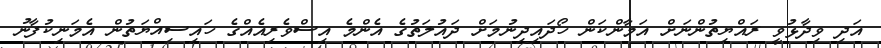
އަދި ވިދާޅުވީ ރައްޔިތުންނަށް އަމާންކަން ހޯދައިދިނުމަށް ދައުލަތުގެ އެންމެ އިސްވެރިއެއްގެ ހައިސިއްޔަތުން އެމަނިކުފާނު